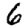
Digit: 6